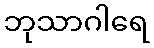
ဘုသာဂါရေ